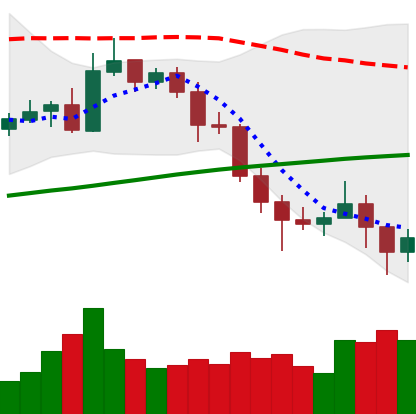
Ticker: NEO-USD
Chart end date: 2020-11-05
Forward return: 8.059%
Label: up_7plus